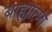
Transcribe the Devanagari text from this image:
बाह्यात्मा